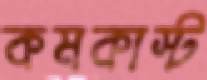
কমকাস্ট